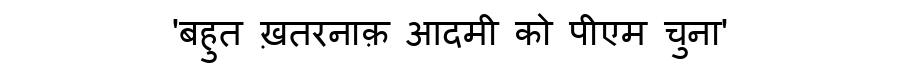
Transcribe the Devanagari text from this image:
'बहुत ख़तरनाक़ आदमी को पीएम चुना'